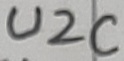
Text: U2C